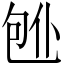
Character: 𱐸